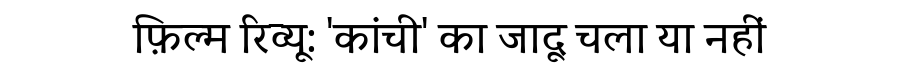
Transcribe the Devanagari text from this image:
फ़िल्म रिव्यू: 'कांची' का जादू चला या नहीं